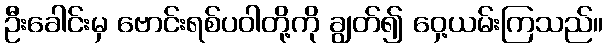
ဦးခေါင်းမှ ဗောင်းရစ်ပဝါတို့ကို ချွတ်၍ ဝှေ့ယမ်းကြသည်။